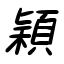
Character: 穎